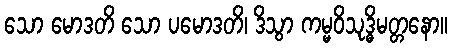
သော မောဒတိ သော ပမောဒတိ၊ ဒိသွာ ကမ္မဝိသုဒ္ဓိမတ္တနော။